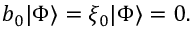
b _ { 0 } | \Phi \rangle = \xi _ { 0 } | \Phi \rangle = 0 .